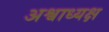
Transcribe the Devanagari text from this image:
अश्वाध्यक्ष